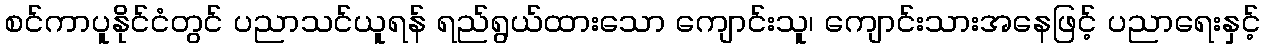
စင်ကာပူနိုင်ငံတွင် ပညာသင်ယူရန် ရည်ရွယ်ထားသော ကျောင်းသူ၊ ကျောင်းသားအနေဖြင့် ပညာရေးနှင့်